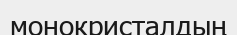
монокристалдың